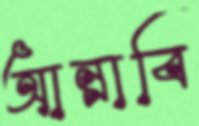
আন্নাবি